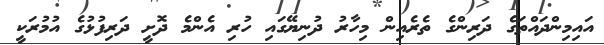
އައިމިންދައްތަގެ ދަރިންގެ ތެރެއިން މިހާރު ދުނިޔޭގައި ހުރި އެންމެ ދޮށީ ދަރިފުޅުގެ އުމުރަކީ